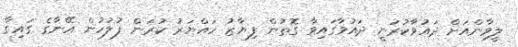
ލީވާންއަށް ދައުވާކުރަނީ ދައުވާގައިވާ ގޮތުން ފިޔާޒު ހައްޔަރު ކުރަން ފުލުހުން އޭނާގެ ގައިގާ